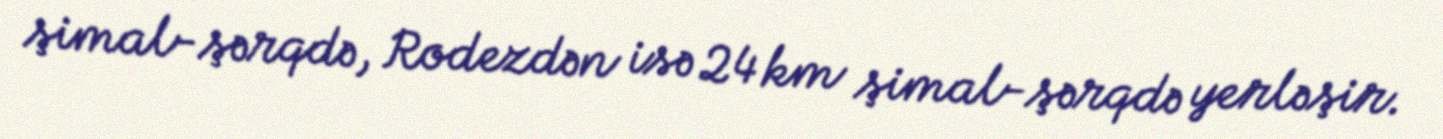
şimal-şərqdə, Rodezdən isə 24 km şimal-şərqdə yerləşir.